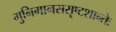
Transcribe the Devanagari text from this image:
मुनिमानससृष्टशान्तेः